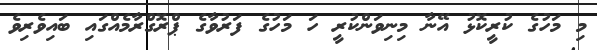
މި މަހުގެ ކުރީކޮޅު އޭނާ މިނިވަންކުރީ ހަ މަހުގެ ފަރުވާގެ ޕްރޮގްރާމެއްގައި ބައިވެރިވެ